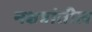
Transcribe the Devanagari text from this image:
नक्षत्रांतील